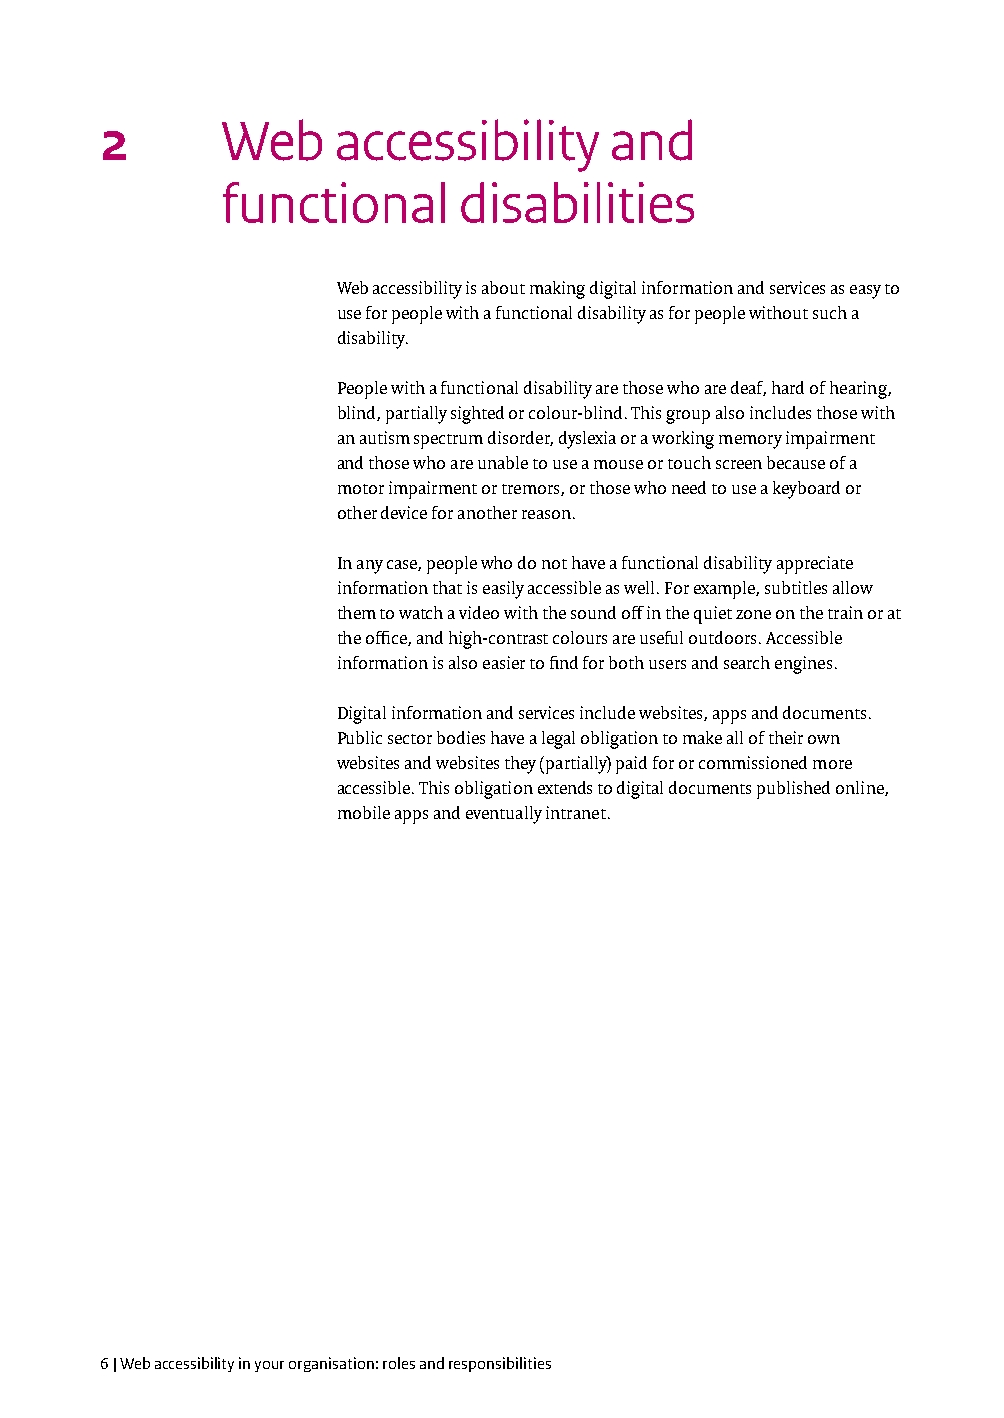
2       W  eb  accessibility     and
 functional     disabilities
 Web accessibility is about making digital information and services as easy to
 use for people with a functional disability as for people without such a
 disability.
 People with a functional disability are those who are deaf, hard of hearing,
 blind, partially sighted or colour-blind. This group also includes those with
 an autism spectrum disorder, dyslexia or a working memory impairment
 and those who are unable to use a mouse or touch screen because of a
 motor impairment or tremors, or those who need to use a keyboard or
 other device for another reason.
 In any case, people who do not have a functional disability appreciate
 information that is easily accessible as well. For example, subtitles allow
 them to watch a video with the sound off in the quiet zone on the train or at
 the office, and high-contrast colours are useful outdoors. Accessible
 information is also easier to find for both users and search engines.
 Digital information and services include websites, apps and documents.
 Public sector bodies have a legal obligation to make all of their own
 websites and websites they (partially) paid for or commissioned more
 accessible. This obligation extends to digital documents published online,
 mobile apps and eventually intranet.
 6 | Web accessibility in your organisation: roles and responsibilities